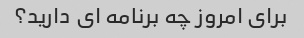
برای امروز چه برنامه ای دارید؟